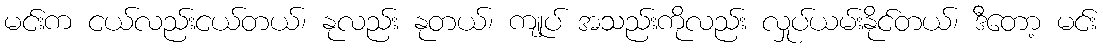
မင်းက ငယ်လည်းငယ်တယ်၊ နုလည်း နုတယ်၊ ကျုပ် အသည်းကိုလည်း လှုပ်ယမ်းနိုင်တယ်၊ ဒီတော့ မင်း